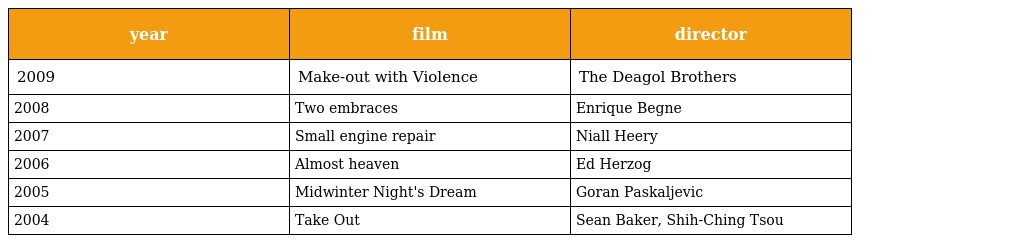
| year | film | director |
 | --- | --- | --- |
 | 2009 | Make-out with Violence | The Deagol Brothers |
 | 2008 | Two embraces | Enrique Begne |
 | 2007 | Small engine repair | Niall Heery |
 | 2006 | Almost heaven | Ed Herzog |
 | 2005 | Midwinter Night's Dream | Goran Paskaljevic |
 | 2004 | Take Out | Sean Baker, Shih-Ching Tsou |